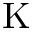
\mathrm { K }